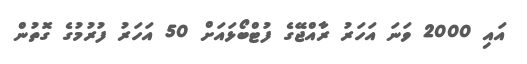
އައި 2000 ވަނަ އަހަރު ރާއްޖޭގެ ފުޓްބޯޅައަށް 50 އަހަރު ފުރުމުގެ ގޮތުން